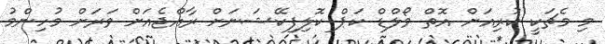
މި މެޗަކީ ކުރިއަށް އޮތް ވޯލްޑް ކަޕް ކޮލިފިކޭޝަނަށް ރާއްޖެއަށް ވަރަށް މުހިންމު